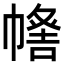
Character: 𢄰